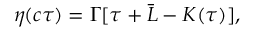
\eta ( c \tau ) = \Gamma [ \tau + \bar { L } - K ( \tau ) ] ,